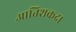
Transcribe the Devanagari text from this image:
आतिशकदा